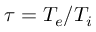
\tau = T _ { e } / T _ { i }